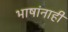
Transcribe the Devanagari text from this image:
भाषांनाही